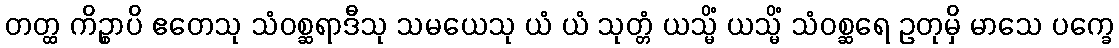
တတ္ထ ကိဉ္စာပိ ဧတေသု သံဝစ္ဆရာဒီသု သမယေသု ယံ ယံ သုတ္တံ ယသ္မိံ ယသ္မိံ သံဝစ္ဆရေ ဥတုမှိ မာသေ ပက္ခေ